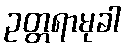
ဥတ္တရာမုခါ